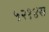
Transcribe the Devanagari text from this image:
५२१४स